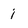
Character: i